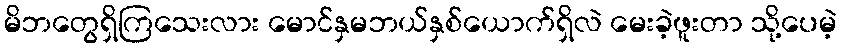
မိဘတွေရှိကြသေးလား မောင်နှမဘယ်နှစ်ယောက်ရှိလဲ မေးခဲ့ဖူးတာ သို့ပေမဲ့